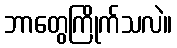
ဘာတွေကြိုက်သလဲ။